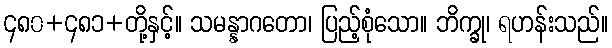
၄၈၀+၄၈၁+တို့နှင့်။ သမန္နာဂတော၊ ပြည့်စုံသော။ ဘိက္ခု၊ ရဟန်းသည်။